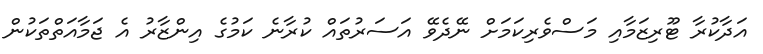
އަދާކުރާ ޓޫރިޒަމާއި މަސްވެރިކަމަށް ނޭދެވޭ އަސަރުތައް ކުރާނެ ކަމުގެ އިންޒާރު އެ ޖަމާއަތްތަކުން